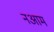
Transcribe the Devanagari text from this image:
नआम